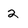
Character: 2